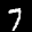
Label: 7